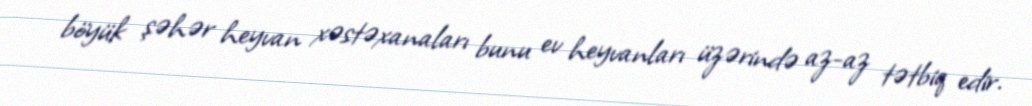
böyük şəhər heyvan xəstəxanaları bunu ev heyvanları üzərində az-az tətbiq edir.